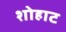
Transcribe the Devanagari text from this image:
शोहाट